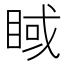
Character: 𥇿